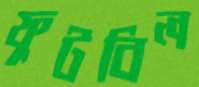
ফুটবিল